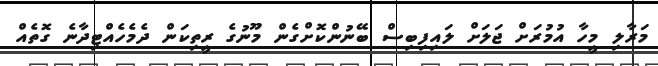
މަރާލި މީހާ އުމުރަށް ޖަލަށް ލައިފިބިސް ބޭނުންކޮށްގެން މޫނުގެ ރީތިކަން ދެމެހެއްޓިދާނެ ގޮތެއް